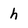
Character: h